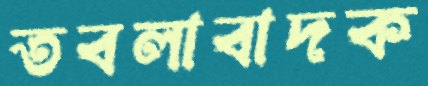
তবলাবাদক